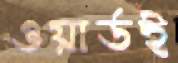
ওয়ার্ডই